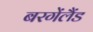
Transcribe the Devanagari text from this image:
बरगेंलैंड